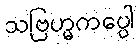
သဗြဟ္မကပ္ပေါ